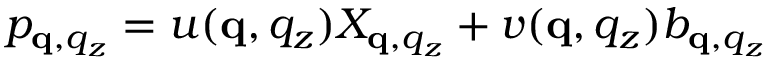
\begin{array} { r } { p _ { \mathbf q , q _ { z } } = u ( \mathbf q , q _ { z } ) X _ { \mathbf q , q _ { z } } + v ( \mathbf q , q _ { z } ) b _ { \mathbf q , q _ { z } } } \end{array}